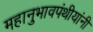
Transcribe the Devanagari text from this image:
महानुभावपंथीयांनी